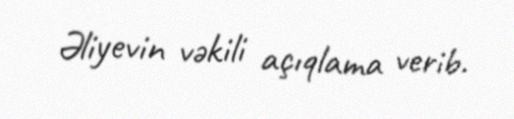
Əliyevin vəkili açıqlama verib.